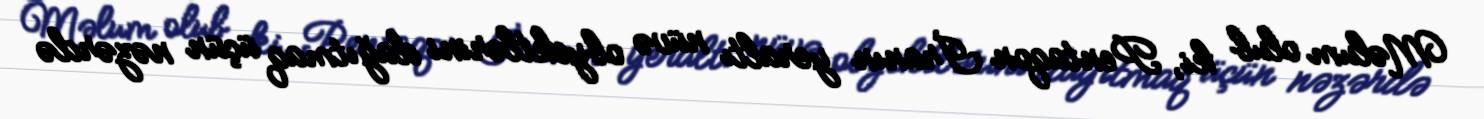
Məlum olub ki, Pentaqon İranın yeraltı nüvə obyektlərini dağıtmaq üçün nəzərdə